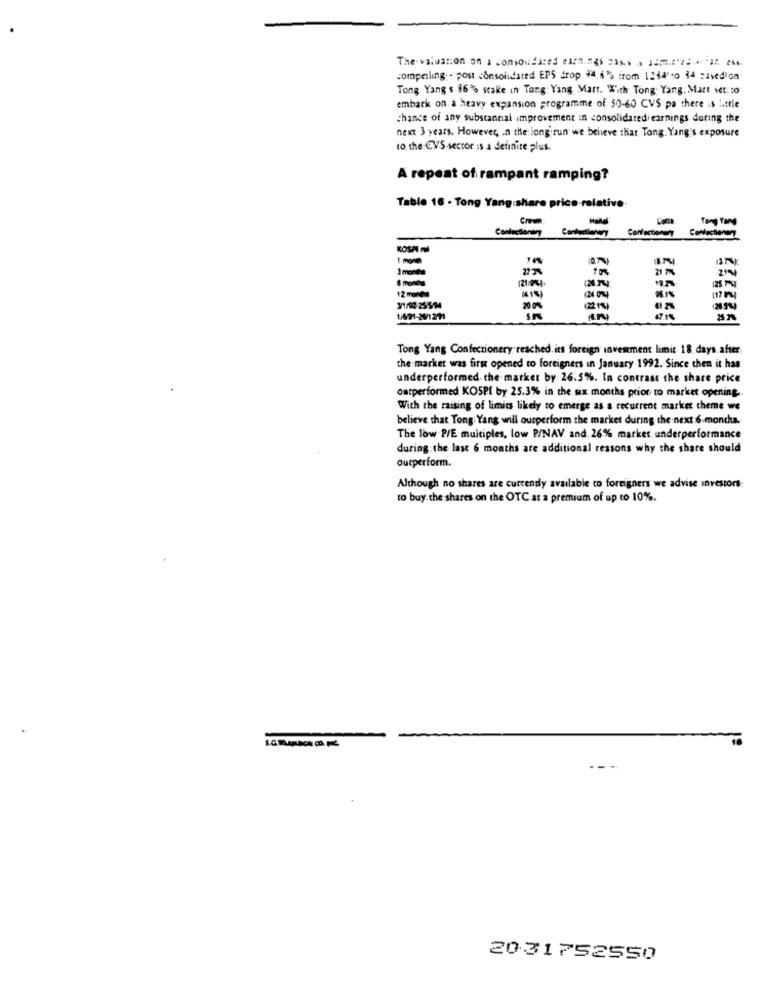
The valuation on a consolidated earnings 23ses > 1.22 .
compelling: - post consolidated EPS drop 94.6% from 1234 :0 34 Rivedion
Tong Yang $ 86% stake in Tang Yang Mart. With Tong: Yang, Mart set: to
embark on a heavy expansion programme of 50-60 CVS pa there is little
chance of any substancial improvement in consolidated earnings during the
next 3 years. However, . n the long run we believe that Tong: Yang's exposure
to. the CVS-sector is a definite plus.
A repeat of rampant ramping?
Table 16 - Tong Yang share price-relative
Tong Yang
KOSA ml
522222
21 77
2141
- mondta
(21 94).
(21.34)
125 14
12 molde
41%)
3/1/14-25514
214
IN
4715
Tong Yang Confectionery reached its foreign investment limit 18 days after
the market was first opened to foreigners in January 1992. Since then it has
underperformed the market by 26:5%. In contrast the share price
omtperformed KOSPI by 25.3% in the six months prior to market opening.
With the raising of limits likely to emerge as a recurrent market cheme we
believe that Tong: Yang will ourperform the market during the next 6.moncha.
The low P/E multiples, low P/NAV and. 26% market underperformance
during the last 6 months are additional reasons why the share should
outperform.
Although no shares are currently available to foreigners we advise investors:
to buy. the shares on the OTC at a premium of up to 10%.
20.31752550